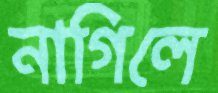
নাগিলে